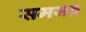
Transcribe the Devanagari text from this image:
समजन